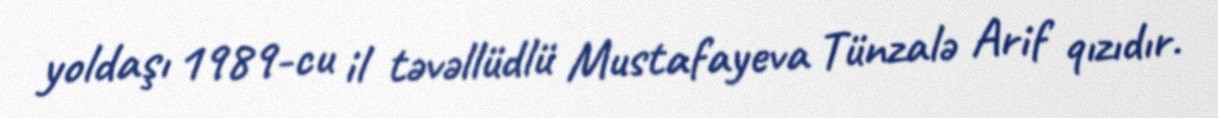
yoldaşı 1989-cu il təvəllüdlü Mustafayeva Tünzalə Arif qızıdır.